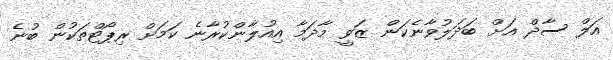
އަލް ސާދް އަށް ބަދަލުވާނެކަން ޒަވީ މާދަމާ އިއުލާންކުރާނެ ކަމަށް ރިޕޯޓްތަކުން ބުނެ